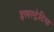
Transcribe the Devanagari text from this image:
इलस्ट्रेटिव्ह